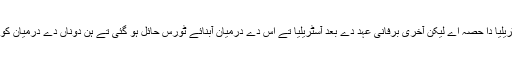
ارضیاتی طور تے ایہ آسٹریلیا دا حصہ اے لیکن آخری برفانی عہد دے بعد آسٹریلیا تے اس دے درمیان آبنائے ٹورس حائل ہو گئی تے ہن دوناں دے درمیان کوئی زمینی رابطہ نہیں اے۔